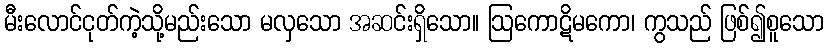
မီးလောင်ငုတ်ကဲ့သို့မည်းသော မလှသော အဆင်းရှိသော။ ဩကောဋိမကော၊ ကွသည် ဖြစ်၍စူသော